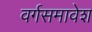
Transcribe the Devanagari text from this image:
वर्गसमावेश